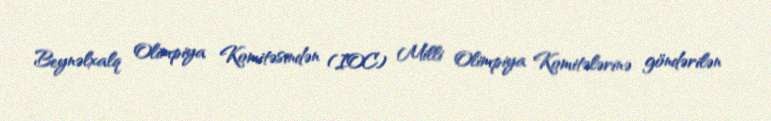
Beynəlxalq Olimpiya Komitəsindən (IOC) Milli Olimpiya Komitələrinə göndərilən